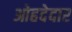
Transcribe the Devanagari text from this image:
ओहदेदार